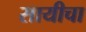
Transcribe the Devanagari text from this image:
सायीचा